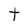
Character: t